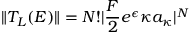
\| T _ { L } ( E ) \| = N ! | \frac { F } { 2 } e ^ { \epsilon } \kappa a _ { \kappa } | ^ { N }